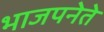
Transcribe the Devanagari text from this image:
भाजपनेते